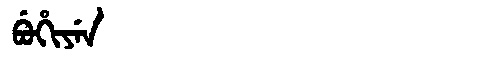
Manchu: ᠪᡠᡥᡳᠶᡝᠨ
Romanization: BUHIYEN